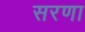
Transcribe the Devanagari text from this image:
सरणा